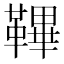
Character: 鞸